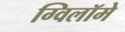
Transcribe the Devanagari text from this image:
ग्विलॉमे